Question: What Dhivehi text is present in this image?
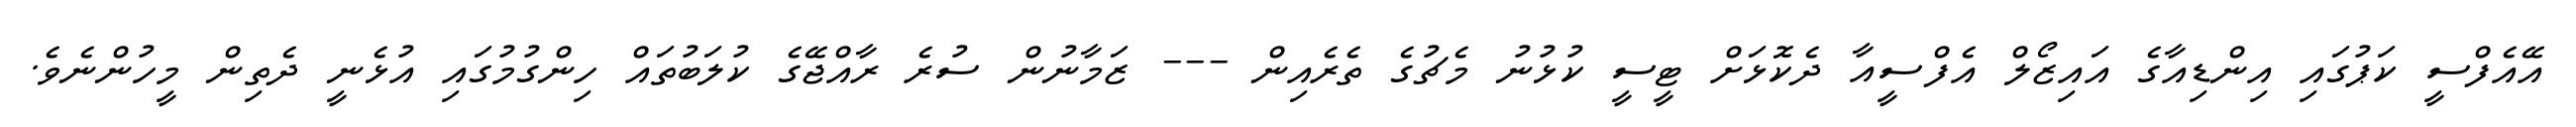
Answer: އޭއެފްސީ ކަޕުގައި އިންޑިއާގެ އައިޒޯލް އެފްސީއާ ދެކޮޅަށް ޓީސީ ކުޅުނު މެޗުގެ ތެރެއިން --- ޒަމާނުން ސުރެ ރާއްޖޭގެ ކުލަބުތައް ހިންގުމުގައި އުޅެނީ ދެތިން މީހުންނެވެ.